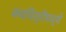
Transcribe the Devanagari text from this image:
कवयित्रींमध्ये